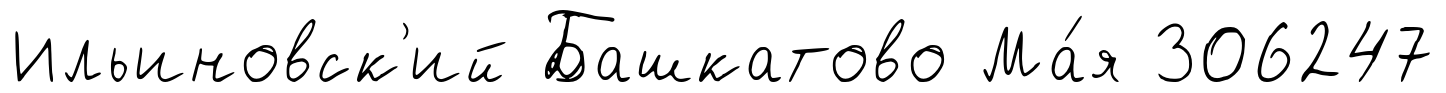
Ильиновск'ий Башкатово Ма́я 306247